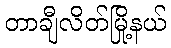
တာချီလိတ်မြို့နယ်